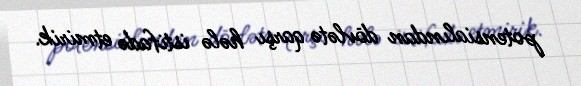
potensialından dövlətə qarşı hələ istifadə etmirik.